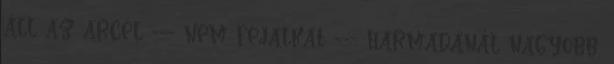
áll az arcél --- nem fejalkat --- harmadánál nagyobb,